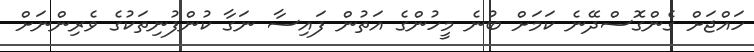
ހައްޖަށް ގެންގޮސްދޭނެ ކަމަށް ބުނެ މީހުންގެ އަތުން ފައިސާ ނަގާ ކުންފުނިތަކުގެ ވެރިންނަށް